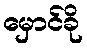
မှောင်ခို